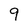
Character: 9